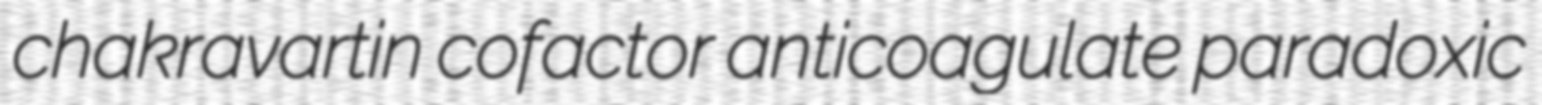
chakravartin cofactor anticoagulate paradoxic